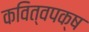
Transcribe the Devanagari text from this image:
कवित्वपक्ष